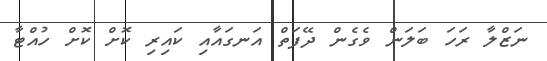
ނަޒްލާ ރަހަ ބަލަން ވެގެން ދޭފަތް އަނގައާއި ކައިރި ކޮށް ކޮށް ހުއްޓާ